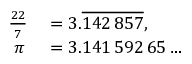
\begin{array} { r l } { { \frac { 2 2 } { 7 } } } & { { } = 3 . { \overline { { 1 4 2 \, 8 5 7 } } } , } \\ { \pi \, } & { { } = 3 . 1 4 1 \, 5 9 2 \, 6 5 \ldots } \end{array}